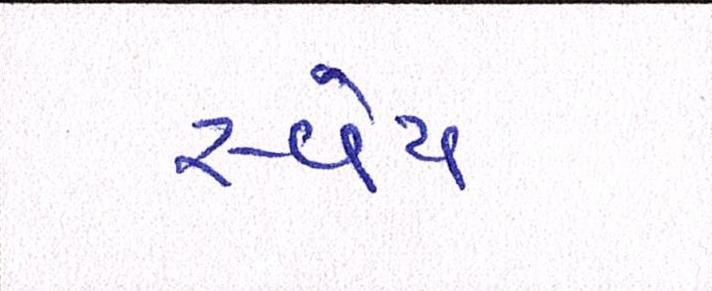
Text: સ્વેપ